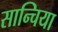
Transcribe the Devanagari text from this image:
सान्चिया